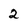
Character: 2